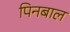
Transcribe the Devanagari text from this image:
पिनबाल